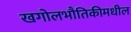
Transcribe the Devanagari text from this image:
खगोलभौतिकीमधील